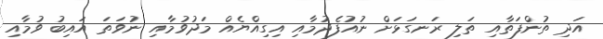
އަދި ތުންފަތާއި ތަލި ރަނގަޅަށް ނުއުފެދުމާއި އިގިއްޔެއް މަދުވުމާއި ނުވަތަ އައިބު ވުމާއި